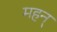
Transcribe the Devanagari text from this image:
महन्